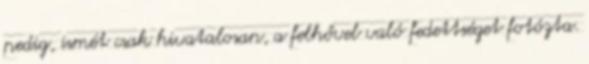
pedig, ismét csak hivatalosan, a felhővel való fedettséget fotózta.